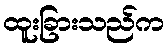
ထူးခြားသည်က